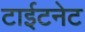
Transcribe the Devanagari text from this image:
टाईटनेट